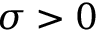
\sigma > 0